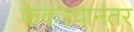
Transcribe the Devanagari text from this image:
फेकल्यानंतर